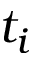
t _ { i }